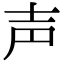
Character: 声